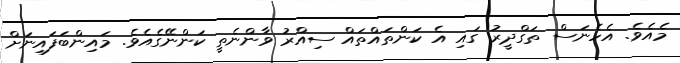
މެއެވެ. އެހެނަސް ތަގްދީރު ގައި އެ ކަންތައްތައް ސިއްރު ވާންނެތީ ކަންނޭގެއެވެ. މައިންބަފައިނަށް